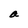
Character: a